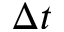
\Delta t